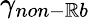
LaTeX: \gamma_{non-\mathbb{R}b}